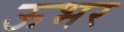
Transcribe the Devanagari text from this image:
ऊभर